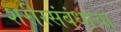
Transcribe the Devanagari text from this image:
शरीरसंबंधाचा